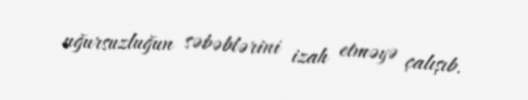
uğursuzluğun səbəblərini izah etməyə çalışıb.